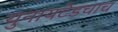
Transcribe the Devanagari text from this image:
युनायटेडचाच